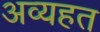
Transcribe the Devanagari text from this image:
अव्यहत